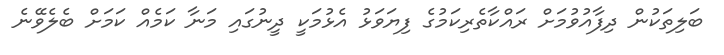
ބަލިތަކުން ދިފާއުވުމަށް ރައްކާތެރިކަމުގެ ފިޔަވަޅު އެޅުމަކީ ދީނުގައި މަނާ ކަމެއް ކަމަށް ބެލެވޭނެ